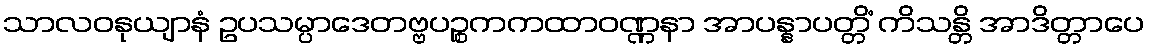
သာလဝနုယျာနံ ဥပသမ္ပာဒေတဗ္ဗပဉ္စကကထာဝဏ္ဏနာ အာပန္နာပတ္တိံ ကိသန္တိ အာဒိတ္တာပေ